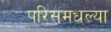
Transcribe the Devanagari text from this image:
परिसमधल्या